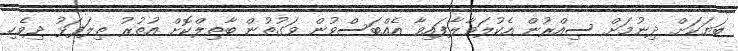
ބަޔަކަށް ދިނުމަށް ސިއްރުން އެކުލަވާލާފައިވާ އެއްބަސްވުން ވަގުތުން ބާތިލްކޮށް އުތުރު ތިލަފަޅު ދިވެހި